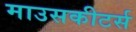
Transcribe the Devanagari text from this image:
माउसकीटर्स